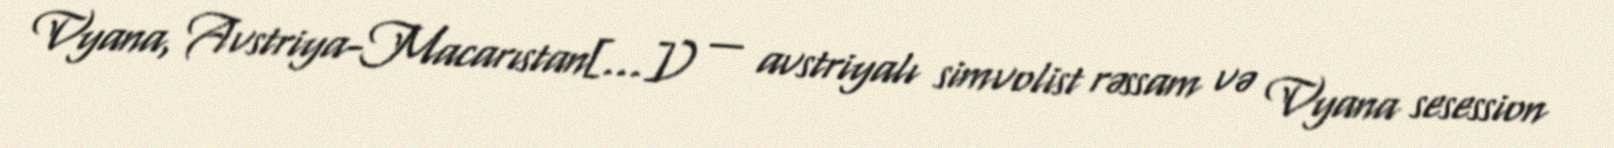
Vyana, Avstriya-Macarıstan[…]) — avstriyalı simvolist rəssam və Vyana sesession